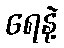
ရေနဲ့